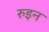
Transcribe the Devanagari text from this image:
रुइन